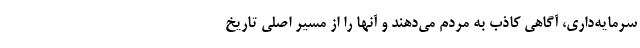
سرمایه‌داری، آگاهی كاذب به مردم می‌دهند و آنها را از مسیر اصلی تاریخ